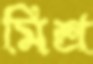
মিশ্র